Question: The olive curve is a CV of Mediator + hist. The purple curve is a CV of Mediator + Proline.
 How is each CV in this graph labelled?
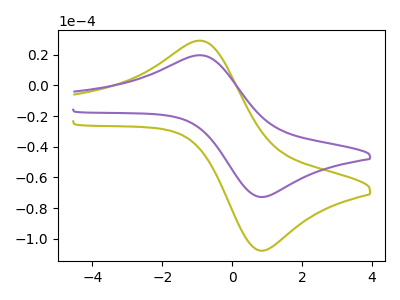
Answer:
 <answer>The olive curve is labeled "Mediator + hist". The purple curve is labeled "Mediator + Proline".</answer>
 <eval></eval>